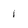
Character: i